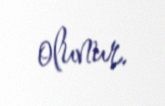
olunur.